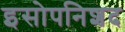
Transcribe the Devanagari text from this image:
इसोपनिशद